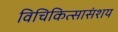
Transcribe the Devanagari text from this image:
विचिकित्सासंशय